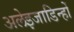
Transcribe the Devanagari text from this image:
अलेइजाडिन्हों